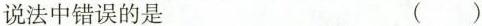
说法中错误的是 ( )